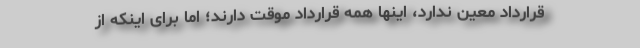
قرارداد معین ندارد، اینها همه قرارداد موقت دارند؛ اما برای اینکه از